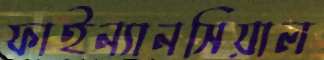
ফাইন্যানসিয়াল